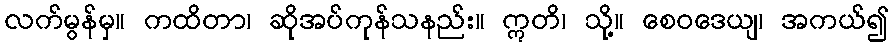
လက်မွန်မှ။ ကထိတာ၊ ဆိုအပ်ကုန်သနည်း။ ဣတိ၊ သို့။ စေဝဒေယျ၊ အကယ်၍